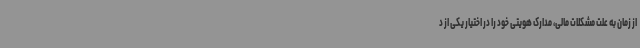
از زمان به علت مشکلات مالی، مدارک هویتی خود را در اختیار یکی از د